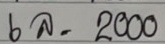
6 ล = 2000